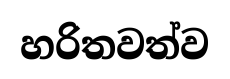
හරිතවත්ව